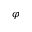
\varphi